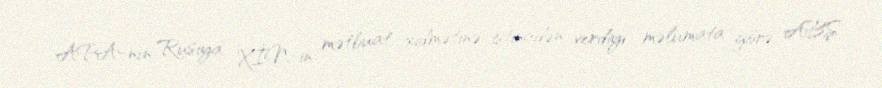
APA-nın Rusiya XİN-in mətbuat xidmətinə istinadən verdiyi məlumata görə, ABŞ